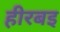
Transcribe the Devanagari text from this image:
हीरबइ